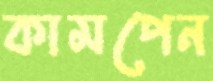
কামপেন